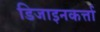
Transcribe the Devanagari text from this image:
डिजाइनकर्त्ता